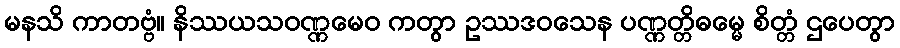
မနသိ ကာတဗ္ဗံ။ နိဿယသဝဏ္ဏမေဝ ကတွာ ဥဿဒဝသေန ပဏ္ဏတ္တိဓမ္မေ စိတ္တံ ဌပေတွာ